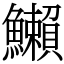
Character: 䲚